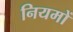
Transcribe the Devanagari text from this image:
नियमों